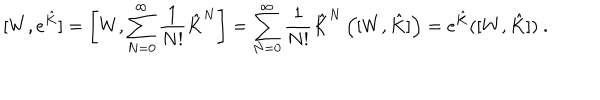
[ W , e ^ { \hat { K } } ] = \left[ W , \sum _ { N = 0 } ^ { \infty } \frac { 1 } { N ! } \hat { K } ^ { N } \right] = \sum _ { N = 0 } ^ { \infty } \frac { 1 } { N ! } \hat { K } ^ { N } \left( [ W , \hat { K } ] \right) = e ^ { \hat { K } } ( [ W , \hat { K } ] ) \ .